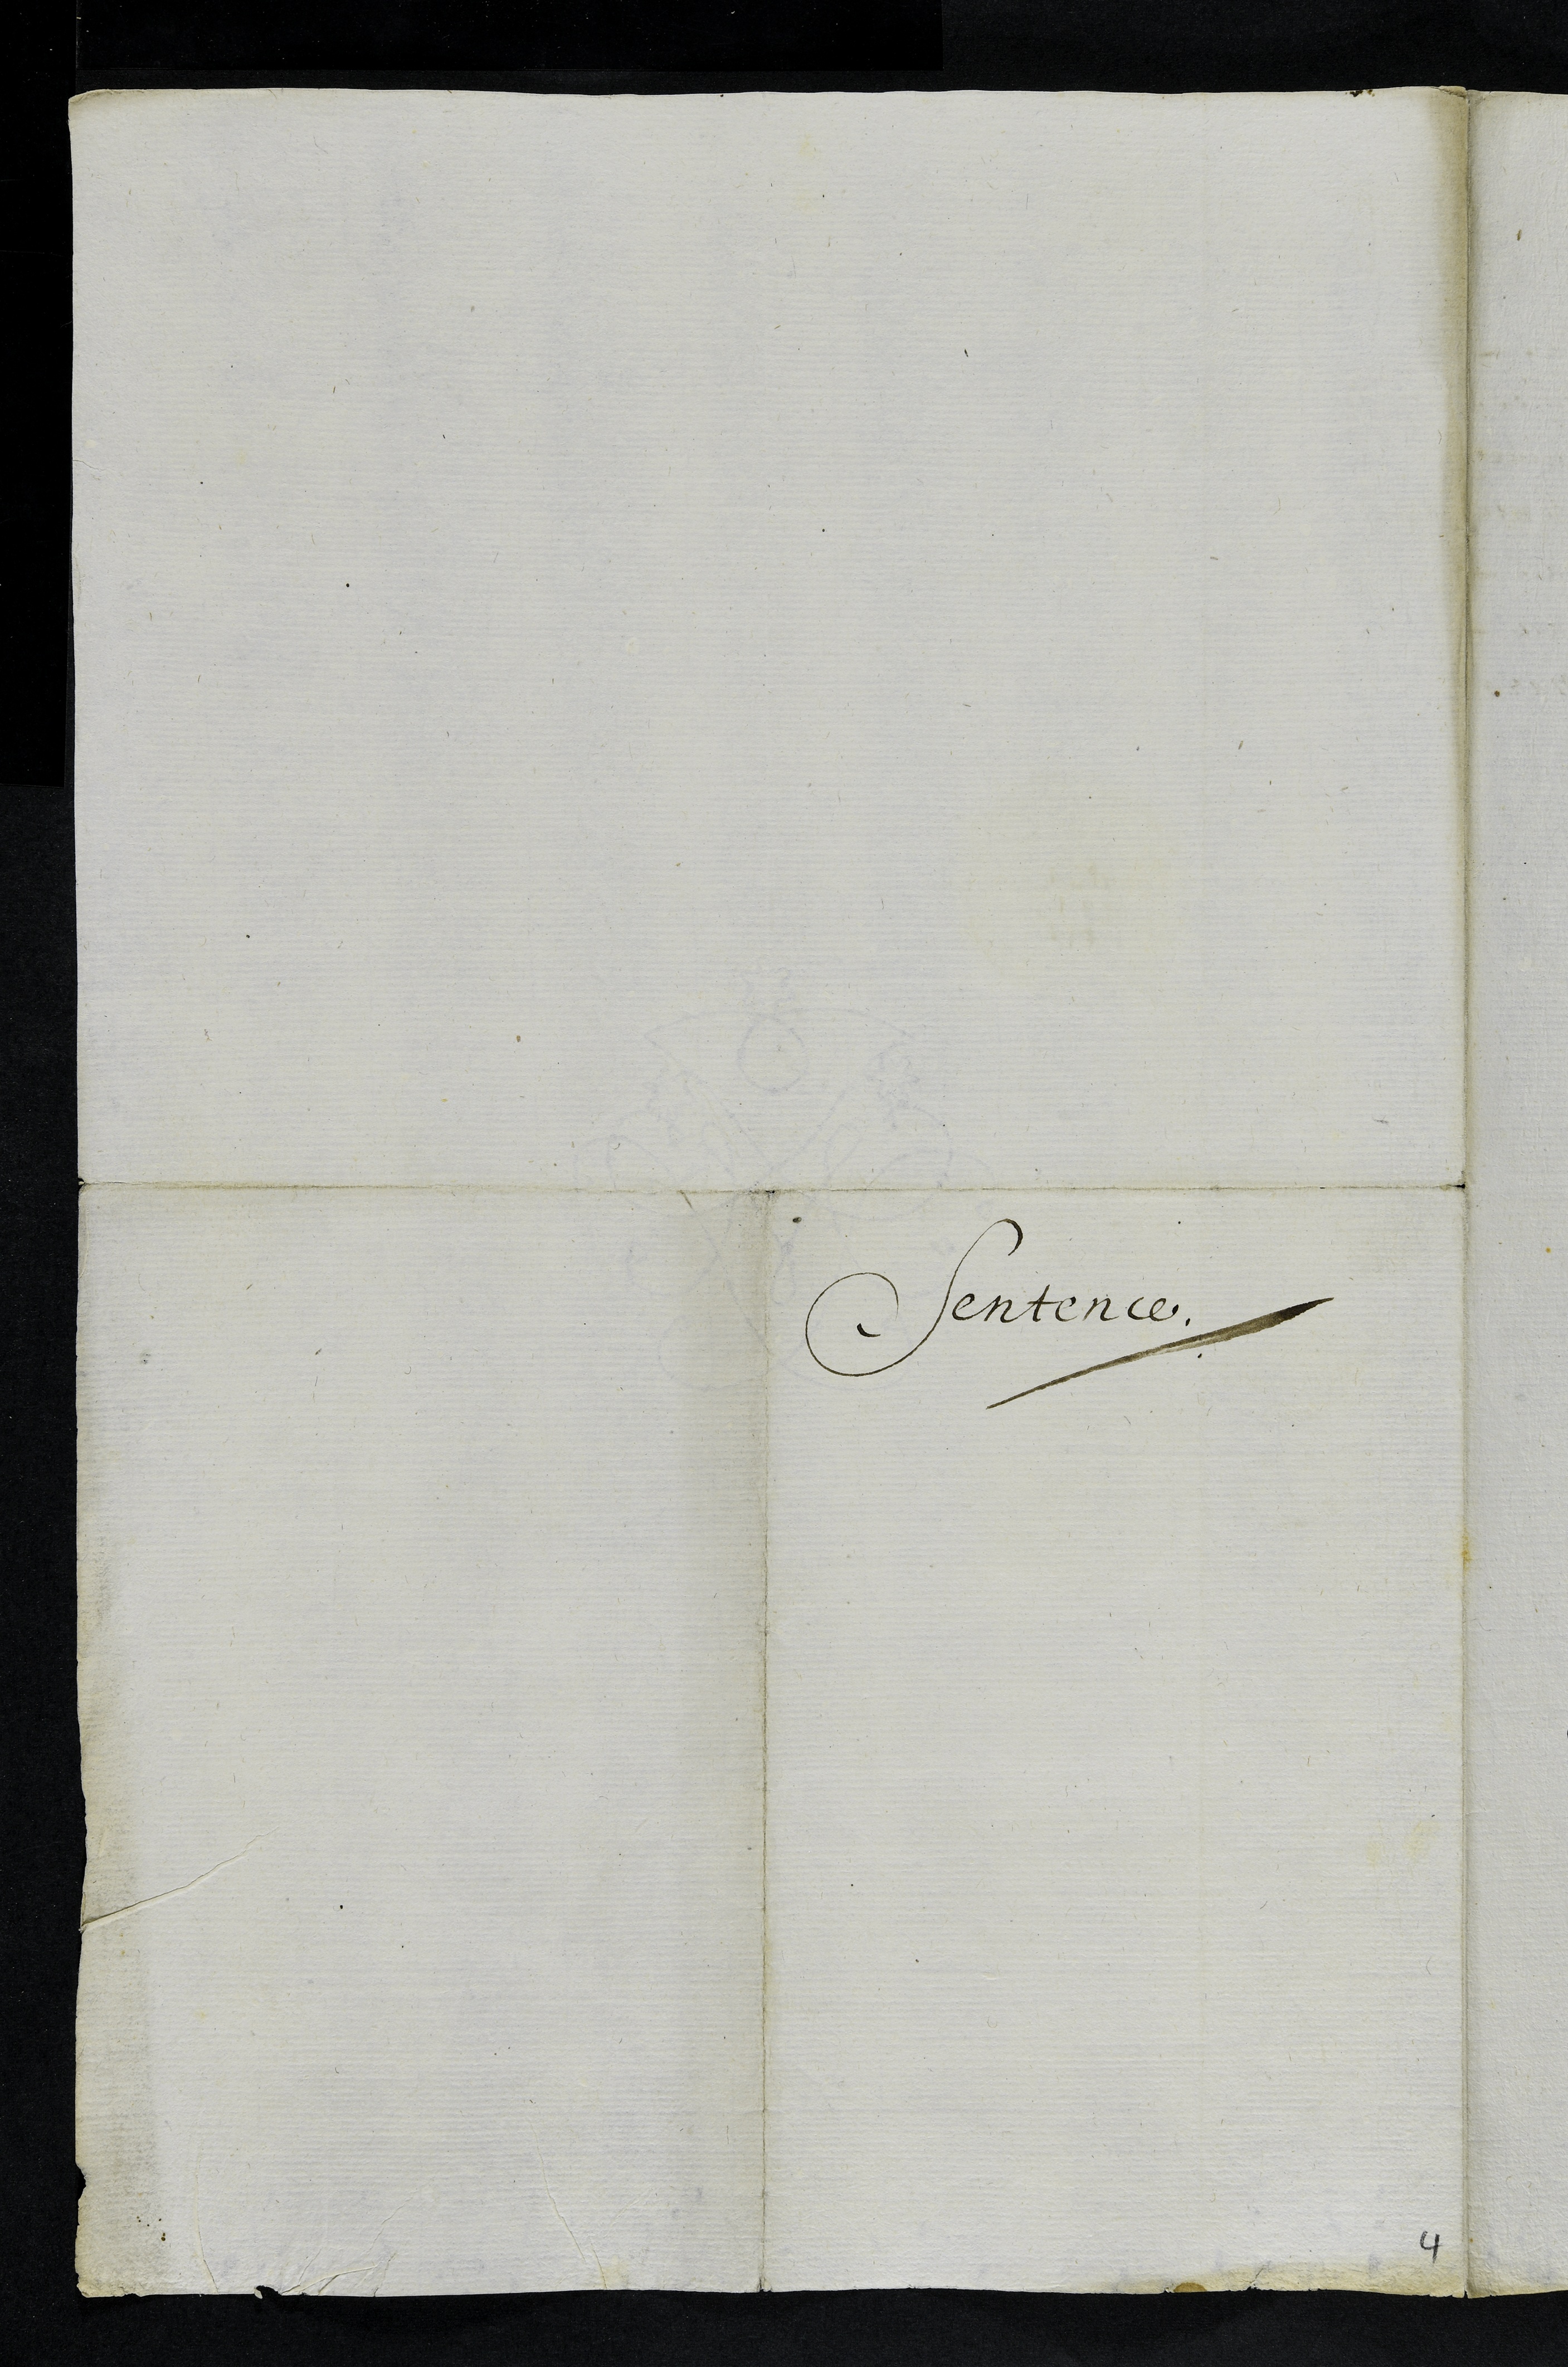
Pentence.

4